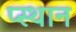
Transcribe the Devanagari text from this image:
प्स्थान